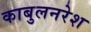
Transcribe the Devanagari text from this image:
काबुलनरेश